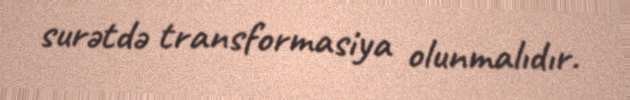
surətdə transformasiya olunmalıdır.